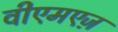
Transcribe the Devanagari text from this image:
वीएमएज़